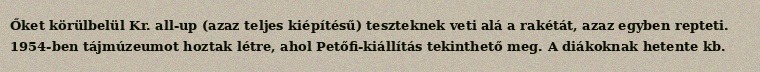
Őket körülbelül Kr. all-up (azaz teljes kiépítésű) teszteknek veti alá a rakétát, azaz egyben repteti. 1954-ben tájmúzeumot hoztak létre, ahol Petőfi-kiállítás tekinthető meg. A diákoknak hetente kb.